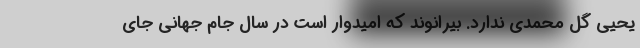
یحیی گل محمدی ندارد. بیرانوند که امیدوار است در سال جام جهانی جای